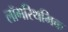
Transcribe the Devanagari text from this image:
लॉगरिथमिक